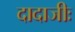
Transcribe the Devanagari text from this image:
दादाजीः